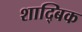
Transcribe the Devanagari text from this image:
शाद्बिक